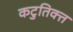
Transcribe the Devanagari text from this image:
कटुतिक्त